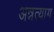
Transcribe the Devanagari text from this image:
अन्नत्याग